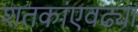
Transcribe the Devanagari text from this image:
शतकांएवढ्या